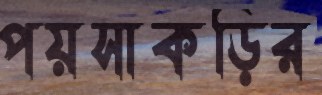
পয়সাকড়ির